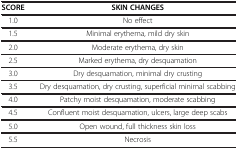
<table><thead><tr><td><b>SCORE</b></td><td><b>SKIN CHANGES</b></td></tr></thead><tbody><tr><td>1.0</td><td>No effect</td></tr><tr><td>1.5</td><td>Minimal erythema, mild dry skin</td></tr><tr><td>2.0</td><td>Moderate erythema, dry skin</td></tr><tr><td>2.5</td><td>Marked erythema, dry desquamation</td></tr><tr><td>3.0</td><td>Dry desquamation, minimal dry crusting</td></tr><tr><td>3.5</td><td>Dry desquamation, dry crusting, superficial minimal scabbing</td></tr><tr><td>4.0</td><td>Patchy moist desquamation, moderate scabbing</td></tr><tr><td>4.5</td><td>Confluent moist desquamation, ulcers, large deep scabs</td></tr><tr><td>5.0</td><td>Open wound, full thickness skin loss</td></tr><tr><td>5.5</td><td>Necrosis</td></tr></tbody></table>